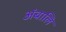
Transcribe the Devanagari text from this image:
अंबालि